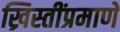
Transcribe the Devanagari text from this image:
ख्रिस्तींप्रमाणे